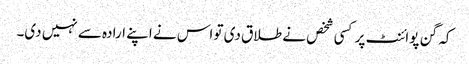
کہ گن پوائنٹ پر کسی شخص نے طلاق دی تو اس نے اپنے ارادہ سے نہیں دی۔